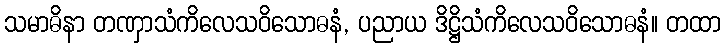
သမာဓိနာ တဏှာသံကိလေသဝိသောဓနံ, ပညာယ ဒိဋ္ဌိသံကိလေသဝိသောဓနံ။ တထာ